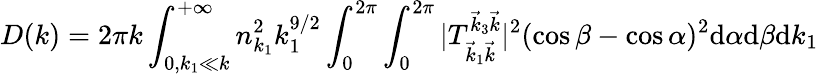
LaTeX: D(k)=2\pi k\int_{0,k_{1}\ll k}^{+\infty}n_{k_{1}}^{2}k_{1}^{9/2}\int_{0}^{2\pi}\int_{0}^{2\pi}|T_{\vec{k}_{1}\vec{k}}^{\vec{k}_{3}\vec{k}}|^{2}(\cos\beta-\cos\alpha)^{2}\mathrm d\alpha\mathrm d\beta\mathrm dk_{1}